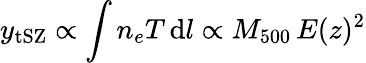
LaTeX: y_{\mathrm{tSZ}}\propto\int n_{e}T\, \mathrm{d}l\propto M_{500}\, E(z)^{2}